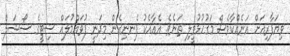
ވިޔަފާރިއަށް އަނެއްކާވެސް މަގުހުޅުވީލި ތަނެވެ. އެއާއެކު ފެނނިގެން މިދަނީ ފުވައްމުލައް ސިޓީގެ ސޯޝަލް